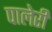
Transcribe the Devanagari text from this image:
पालेरी